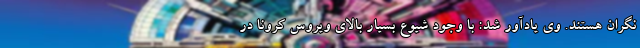
نگران هستند. وی یادآور شد: با وجود شیوع بسیار بالای ویروس کرونا در